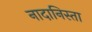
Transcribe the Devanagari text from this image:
नादानिस्ता